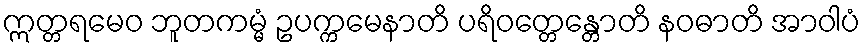
ဣတ္တရမေဝ ဘူတကမ္မံ ဥပက္ကမေနာတိ ပရိဝတ္တေန္တောတိ နဝဓာတိ အာဝါပံ